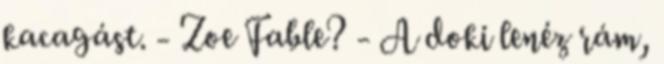
kacagást. - Zoe Fable? - A doki lenéz rám,